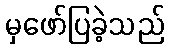
မှဖော်ပြခဲ့သည်